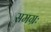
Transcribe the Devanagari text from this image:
समग्रः